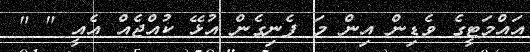
އައްމަޓީގެ ވެޑިން އިން މަ ފެނިގެން އުޅޭ ކުއްޖެއް އެއީ " "